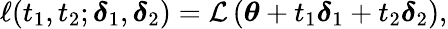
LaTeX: \ell(t_{1},t_{2};\boldsymbol\delta_{1},\boldsymbol\delta_{2})=\mathcal{L}\left(\boldsymbol\theta+t_{1}\boldsymbol\delta_{1}+t_{2}\boldsymbol\delta_{2}\right),